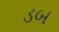
ડબ